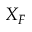
X _ { F }